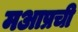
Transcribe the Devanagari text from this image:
मआप्रची